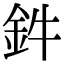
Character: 鈝